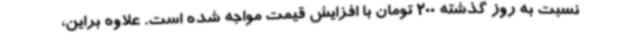
نسبت به روز گذشته 200 تومان با افزایش قیمت مواجه شده است. علاوه براین،